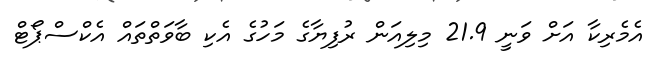
އެމެރިކާ އަށް ވަނީ 21.9 މިލިއަން ރުފިޔާގެ މަހުގެ އެކި ބާވަތްތައް އެކްސްޕޯޓް